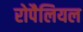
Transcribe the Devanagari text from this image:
रोपैलियल